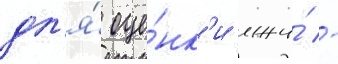
дл'я́ оце́нк'и лжи́ -